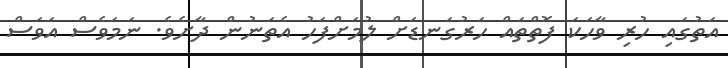
އަތުގައި ހުރި ވާހަކަ ފޮތްތައް ހަރުގަނޑަށް ލުމަށްފަހު އެތަނުން ދާށެވެ. ނަމަވެސް އަވަސް